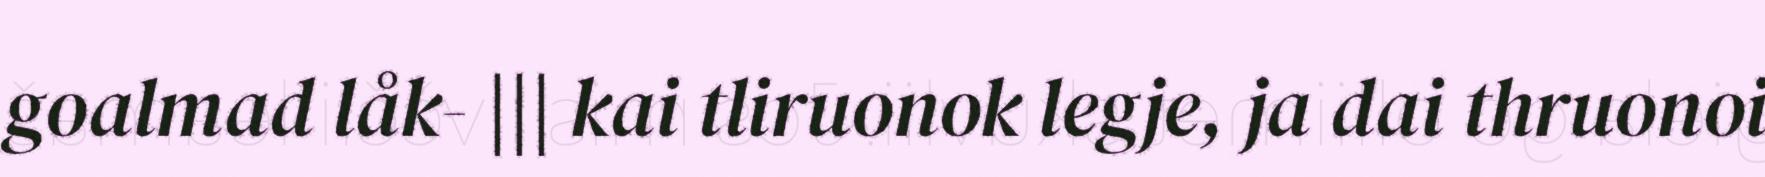
goalmad låk- ||| kai tliruonok legje, ja dai thruonoi